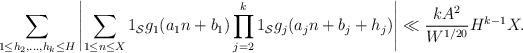
LaTeX: \begin{align*} \sum_{1 \leq h_2,\dots,h_k \leq H} \left|\sum_{1 \leq n \leq X} 1_{\mathcal S} g_1(a_1 n + b_1) \prod_{j=2}^k 1_{\mathcal S} g_j(a_j n + b_j + h_j)\right| \ll \frac{kA^2}{W^{1/20}} H^{k-1} X.\end{align*}